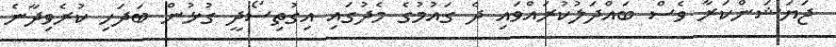
ޖަޔަޝަންކަރާ ވެސް ބައްދަލުކުރައްވައި ދެ ގައުމުގެ މެދުގައި އިގުތިސޯދީ ގުޅުން ބަދަހި ކުރެވިދާނެ